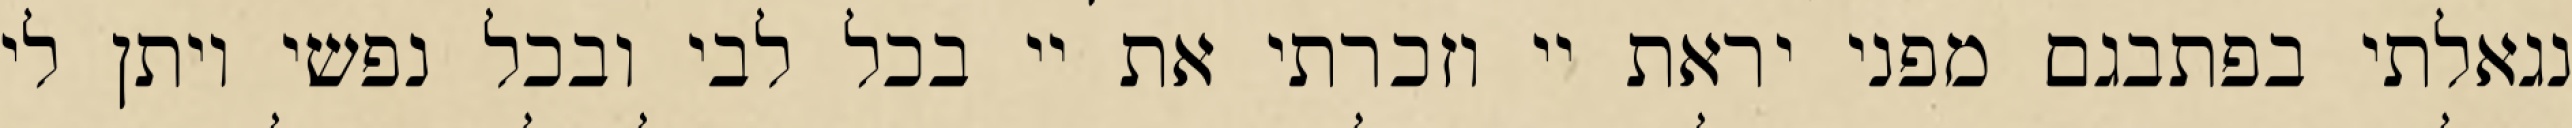
נגאלתי בפתבגם מפני יראת יי וזכרתי את יי בכל לבי ובכל נפשי ויתן לי